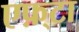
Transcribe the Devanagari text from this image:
एफ़्टा